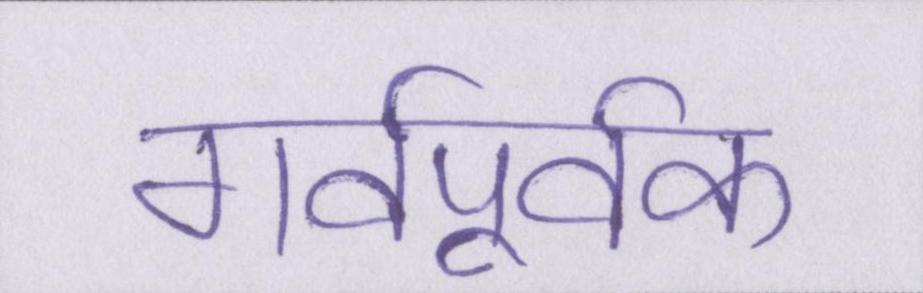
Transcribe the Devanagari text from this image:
गर्वपूर्वक